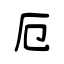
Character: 厄